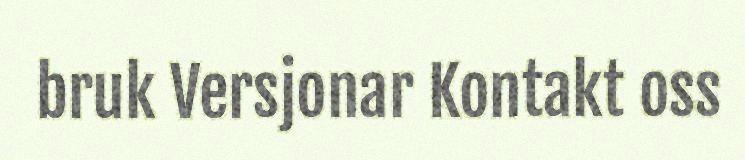
bruk Versjonar Kontakt oss